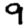
Digit: 9